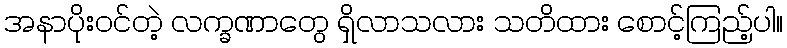
အနာပိုးဝင်တဲ့ လက္ခဏာတွေ ရှိလာသလား သတိထား စောင့်ကြည့်ပါ။